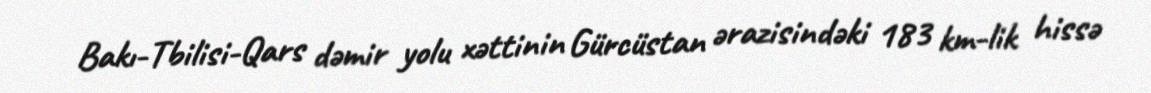
Bakı-Tbilisi-Qars dəmir yolu xəttinin Gürcüstan ərazisindəki 183 km-lik hissə